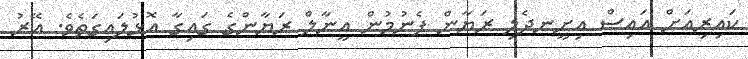
ކައިރިއަށް އައިސް އިށީނދެލި ރަޔާން ފެނުމުން އީނާލް ރަޔާންގެ ގައިގާ އޮޅުލައިގަތެވެ. އޭރު